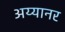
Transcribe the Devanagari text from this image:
अय्यानर